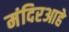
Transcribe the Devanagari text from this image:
मंदिरआहे